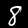
Label: 8